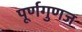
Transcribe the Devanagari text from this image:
पूर्णगुणज